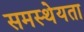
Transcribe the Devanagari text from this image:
समस्थेयता